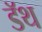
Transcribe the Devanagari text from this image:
डॅथ